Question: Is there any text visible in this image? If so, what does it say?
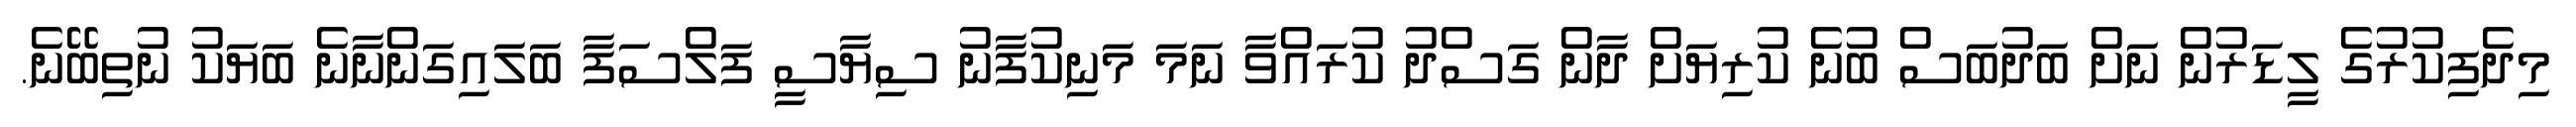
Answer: މިދެފިކުރުގެ ލީޑަރުން ނަށް ބަދުބަސް ބުނެ ކުރިޔަށް ދާން ގަސްދު ކުރައްވާ ނަމަ މަނިކުފާނު ސިޔާސީ ފަލްސަފާ ބަލައިގަންނާނެ ބަޔަކު ނުތިބޭނެ.